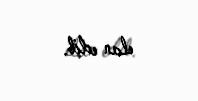
elan edib.